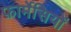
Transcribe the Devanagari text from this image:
फ़ार्मेसियों